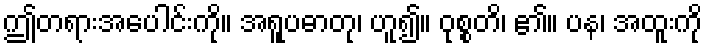
ဤတရားအပေါင်းကို။ အရူပဓာတု၊ ဟူ၍။ ဝုစ္စတိ၊ ၏။ ပန၊ အထူးကို